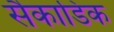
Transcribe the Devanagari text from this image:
सैकाडिक